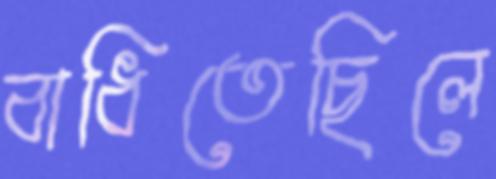
বাধিতেছিলে